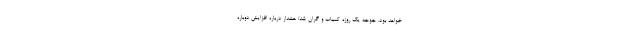
خواهد بود. جوجه یک روزه کمیاب و گران شد/ هشدار درباره افزایش دوباره